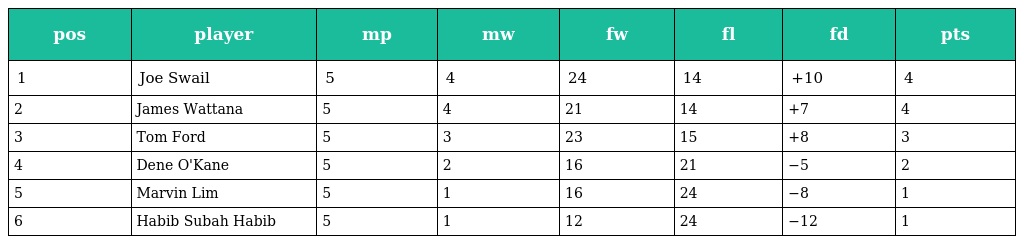
| pos | player | mp | mw | fw | fl | fd | pts |
 | --- | --- | --- | --- | --- | --- | --- | --- |
 | 1 | Joe Swail | 5 | 4 | 24 | 14 | +10 | 4 |
 | 2 | James Wattana | 5 | 4 | 21 | 14 | +7 | 4 |
 | 3 | Tom Ford | 5 | 3 | 23 | 15 | +8 | 3 |
 | 4 | Dene O'Kane | 5 | 2 | 16 | 21 | −5 | 2 |
 | 5 | Marvin Lim | 5 | 1 | 16 | 24 | −8 | 1 |
 | 6 | Habib Subah Habib | 5 | 1 | 12 | 24 | −12 | 1 |